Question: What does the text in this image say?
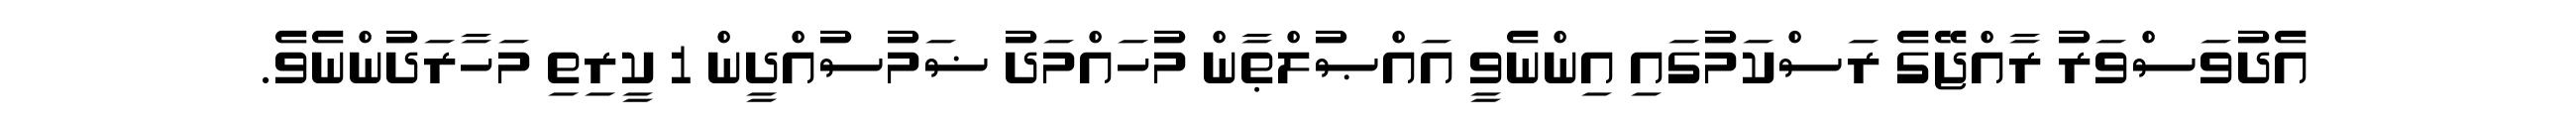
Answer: އެދުވަސްވަރު ރާއްޖޭގެ ރަސްކަމުގައި އިންނެވީ އައްޞުލްޠާން މުހައްމަދު ޟަމުސުއްދީން 1 ކީރިތި މަހާރަދުންނެވެ.